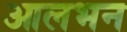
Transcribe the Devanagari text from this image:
आलभन